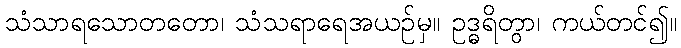
သံသာရသောတတော၊ သံသရာရေအယဉ်မှ။ ဥဒ္ဓရိတွာ၊ ကယ်တင်၍။